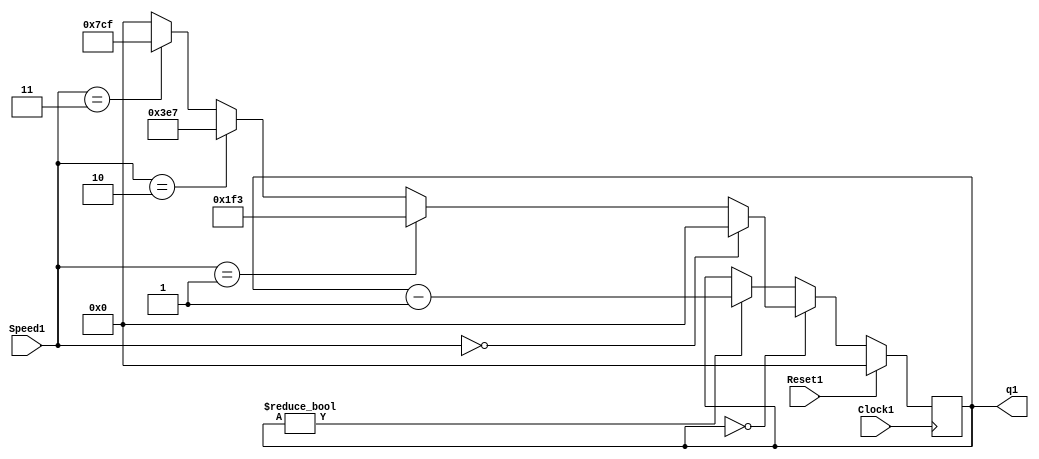

module RateDivider(Clock1, Reset1, Speed1, q1);
	input Clock1;
	input Reset1;
	input [1:0] Speed1;
	
	output reg [10:0] q1;
	reg [10:0] tempq1;
	
	always @(*)
		begin
			if (Speed1 == 2'b00)
				tempq1 <= 11'd0;
				
			else if (Speed1 == 2'b01)
				tempq1 <= 11'd499;
				
			else if (Speed1 == 2'b10)
				tempq1 <= 11'd999;
				
			else if (Speed1 == 2'b11)
				tempq1 <= 11'd1999;
				
			else 
				tempq1 <= 11'd0;
		end
	
	always @(posedge Clock1)
		begin
			if (Reset1)
				q1 <= 0;
				
			else if(q1 == 0)
				q1 <= tempq1;
				
			else if (q1 != 0)
				q1 <= q1 - 1;
		end

endmodule


module part2(ClockIn, Reset, Speed, CounterValue);

	input ClockIn, Reset;
	input [1:0] Speed;
	output reg [3:0] CounterValue;
	
	wire [10:0] w1;
	wire Enable;
	
	RateDivider RD1(.Clock1(ClockIn), .Reset1(Reset), .Speed1(Speed), .q1(w1));
	
	assign Enable = (w1 == 0) ? 1 : 0;  //11'b00000000000
	
	always @(posedge ClockIn)
		begin
			if (Reset == 1) // 1'b1
				CounterValue <= 0;
				
			else if (CounterValue == 4'b1111)
				CounterValue <= 0;
				
			else if (Enable == 1) // 1'b1
				CounterValue <= CounterValue + 1;
		end

endmodule